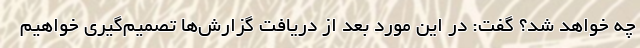
چه خواهد شد؟ گفت: در این مورد بعد از دریافت گزارش‌ها تصمیم‌گیری خواهیم